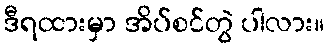
ဒီရထားမှာ အိပ်စင်တွဲ ပါလား။